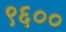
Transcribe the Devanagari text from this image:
९६००